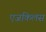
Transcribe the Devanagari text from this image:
एजकिलस